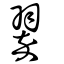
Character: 翠